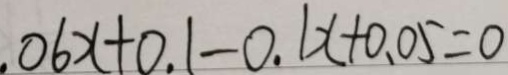
. 0 6 x + 0 . 1 - 0 . 1 x + 0 . 0 5 = 0